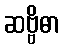
ဆဗ္ဗိဓာ